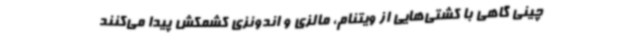
چینی گاهی با کشتی‌هایی از ویتنام، مالزی و اندونزی کشمکش پیدا می‌کنند